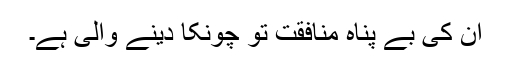
ان کی بے پناہ منافقت تو چونکا دینے والی ہے۔